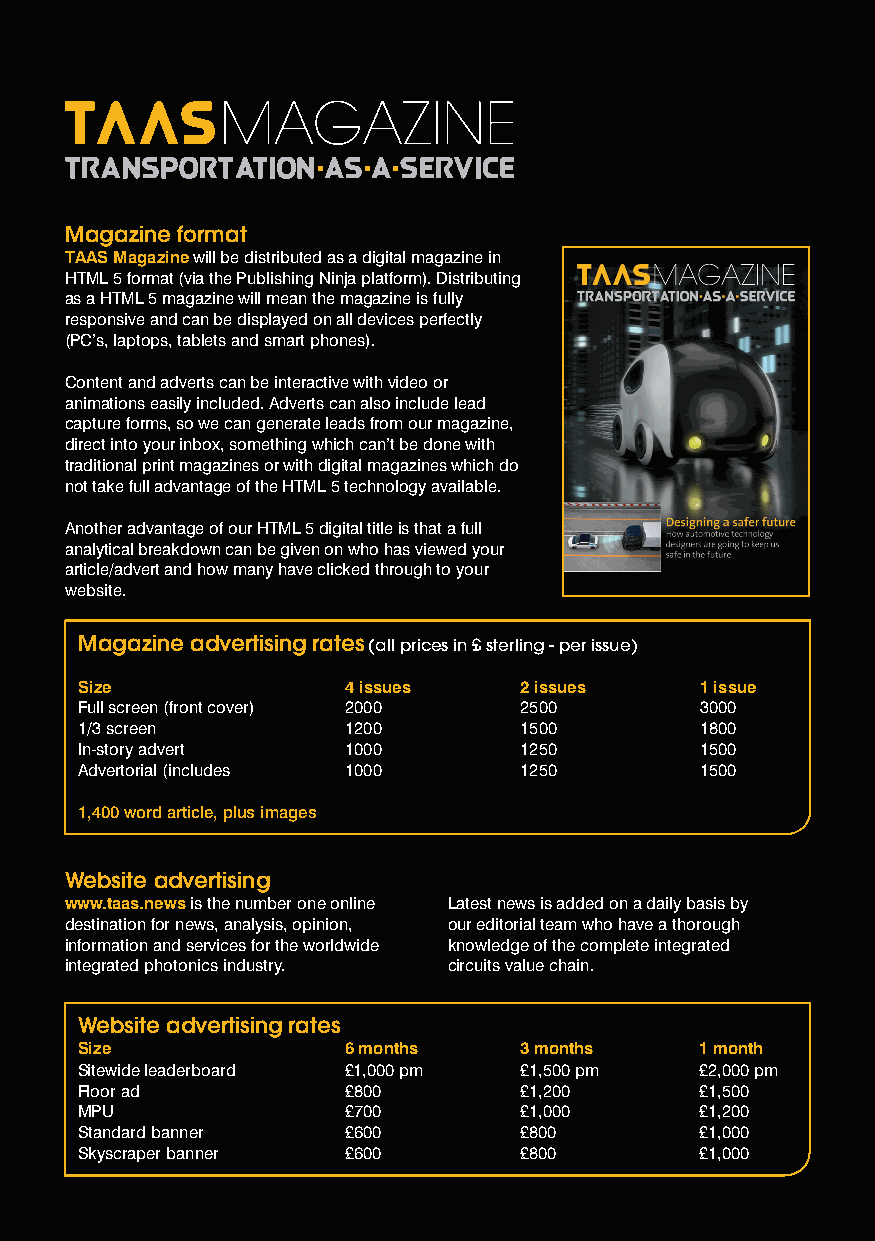
Magazine format
 TAAS Magazine will be distributed as a digital magazine in
 HTML 5 format (via the Publishing Ninja platform). Distributing
 as a HTML 5 magazine will mean the magazine is fully
 responsive and can be displayed on all devices perfectly
 (PC’s, laptops, tablets and smart phones).
 Content and adverts can be interactive with video or
 animations easily included. Adverts can also include lead
 capture forms, so we can generate leads from our magazine,
 direct into your inbox, something which can’t be done with
 traditional print magazines or with digital magazines which do
 not take full advantage of the HTML 5 technology available.
 Another advantage of our HTML 5 digital title is that a full
 analytical breakdown can be given on who has viewed your
 article/advert and how many have clicked through to your
 website.
 Magazine advertising rates (all prices in £ sterling - per issue)
 Size              4 issues   2 issues    1 issue
 Full screen (front cover) 2000 2500      3000
 1/3 screen        1200       1500        1800
 In-story advert   1000       1250        1500
 Advertorial (includes 1000   1250        1500
 1,400 word article, plus images
 Website advertising
 www.taas.news is the number one online Latest news is added on a daily basis by
 destination for news, analysis, opinion, our editorial team who have a thorough
 information and services for the worldwide knowledge of the complete integrated
 integrated photonics industry. circuits value chain.
 Website advertising rates
 Size              6 months   3 months    1 month
 Sitewide leaderboard £1,000 pm £1,500 pm £2,000 pm
 Floor ad          £800       £1,200      £1,500
 MPU               £700       £1,000      £1,200
 Standard banner   £600       £800        £1,000
 Skyscraper banner £600       £800        £1,000